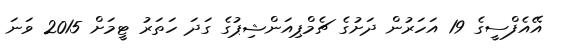
އޭއެފްސީގެ 19 އަހަރުން ދަށުގެ ޗެމްޕިއަންޝިޕުގެ ގަދަ ހަތަރު ޓީމަށް 2015 ވަނަ